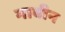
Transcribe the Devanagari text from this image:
माबीन